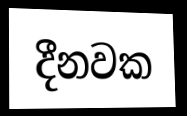
දීනවක